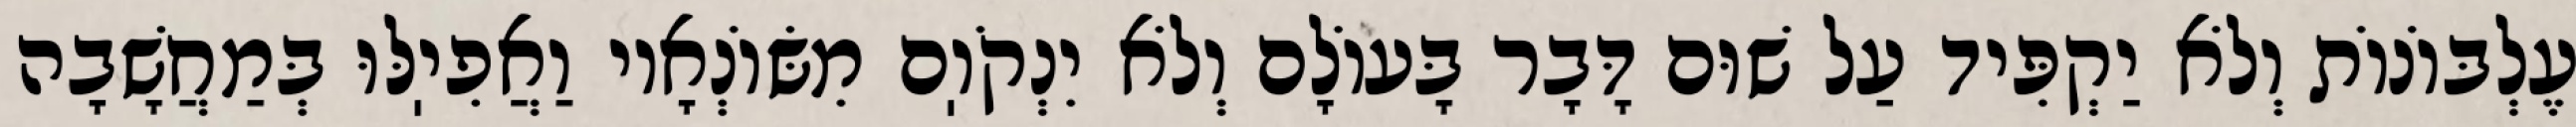
עֶלְבּוֹנוֹת וְלֹא יַקְפִּיד עַל שׁוּם דָּבָר בָּעוֹלָם וְלֹא יִנְקֹוֽם מִשּׂוֹנְאָיו וַאֲפִיֽלּוּ בְּמַחֲשָׁבָה